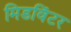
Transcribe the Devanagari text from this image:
मिडविंटर